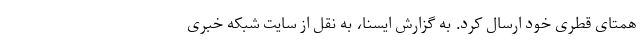
همتای قطری خود ارسال کرد. به گزارش ایسنا، به نقل از سایت شبکه خبری